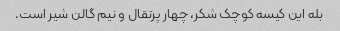
بله این کیسه کوچک شکر، چهار پرتقال و نیم گالن شیر است.